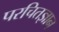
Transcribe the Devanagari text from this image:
परचितज्ञान